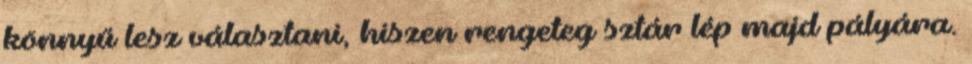
könnyű lesz választani, hiszen rengeteg sztár lép majd pályára.